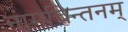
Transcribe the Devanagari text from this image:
नामचिन्तनम्